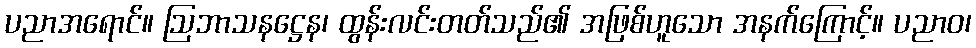
ပညာအရောင်။ ဩဘာသနဋ္ဌေန၊ ထွန်းလင်းတတ်သည်၏ အဖြစ်ဟူသော အနက်ကြောင့်။ ပညာဝ၊